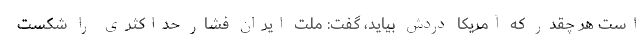
است هر چقدر که آمریکا دردش بیاید، گفت: ملت ایران فشار حداکثری را شکست